Papers set at the Examination for Leaving Certificates, 1895
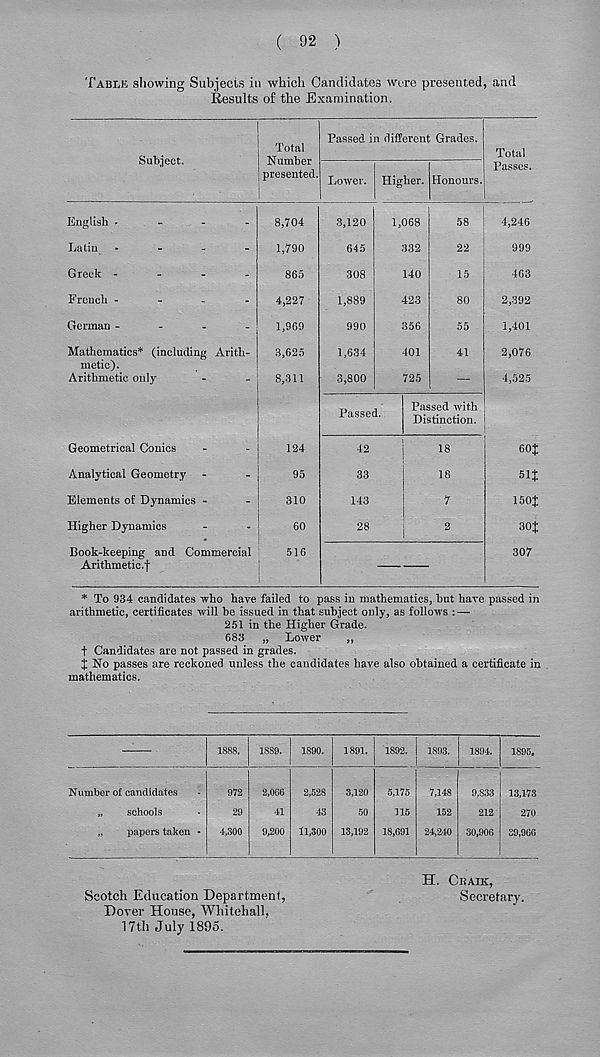
( 92 )
Table showing Subjects in which Candidates were presented, and
Eesults of the Examination.
Subject.
Total
Number
presented.
Passed in different Grades.
Lower. Higher. Honours
Total
Passes.
English .
-
-
-
8,704
Latin -
-
.
-
1,790
Greek -
-
-
-
865
French -
-
-
-
4,227
German -
-
-
-
1,96!)
Mathematics* (including Aritli-
3,625
metic).
Arithmetic only
-
-
8,311
Geometrical Conics
-
-
124
Analytical Geometry -
-
95
Elements of Dynamics -
-
310
Higher Dynamics
-
-
60
Book-keeping and Commercial
516
Arithmetic.!
3,120
645
308
1,889
990
1,634
3,800
1,068
332
140
423
356
401
725
58
22
15
80
55
41
Passed.
42
33
143
28
Passed with
Distinction.
18
18
7
2
4,246
999
463
2,392
1,401
2,076
4,525
60J
51J
150J
30J
307
* To 934 candidates who hare failed to pass in mathematics, but have passed in
arithmetic, certificates will be issued in that subject only, as follows : —
251 in the Higher Grade.
683 „ Lower
„
t Candidates are not passed in grades.
J No passes are reckoned unless the candidates have also obtained a certificate in
mathematics.
Scotch Education Department,
Dover House, Whitehall,
17th July 1895.
H. Cbaik,
Secretary.